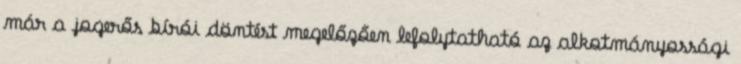
már a jogerős bírói döntést megelőzően lefolytatható az alkotmányossági